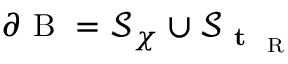
\partial \mathrm { ~ B ~ } = \mathcal { S } _ { \boldsymbol { \chi } } \cup \mathcal { S } _ { \textbf { t } _ { \mathrm { ~ R ~ } } }